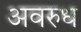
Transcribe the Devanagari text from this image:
अवरुध